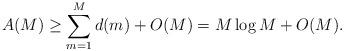
LaTeX: \begin{align*} A(M) \geq \sum_{m=1}^M d(m) + O(M) = M\log M + O(M).\end{align*}